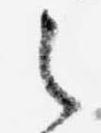
之